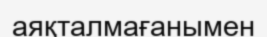
аяқталмағанымен